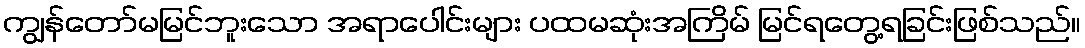
ကျွန်တော်မမြင်ဘူးသော အရာပေါင်းများ ပထမဆုံးအကြိမ် မြင်ရတွေ့ရခြင်းဖြစ်သည်။